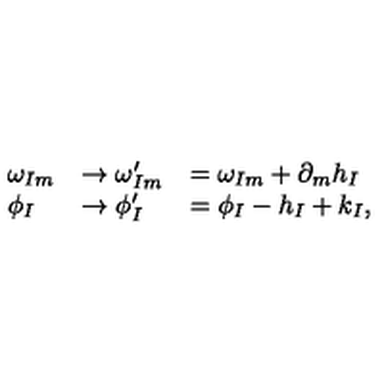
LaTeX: \begin{array} { l l l } { \omega _ { I m } } & { \rightarrow \omega _ { I m } ^ { \prime } } & { = \omega _ { I m } + \partial _ { m } h _ { I } } \\ { \phi _ { I } } & { \rightarrow \phi _ { I } ^ { \prime } } & { = \phi _ { I } - h _ { I } + k _ { I } , } \\ \end{array}